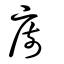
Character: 廚